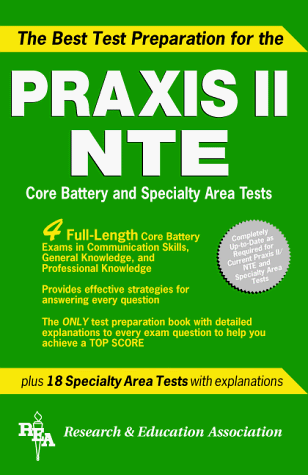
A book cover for The Best Test Preparation for the Praxis Series Nte Core Battery (REA test preps); Research and Education Association; Test Preparation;